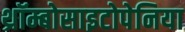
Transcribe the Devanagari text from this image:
थ्रॉम्बोसाइटोपेनिया